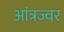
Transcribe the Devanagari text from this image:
आंत्रज्वर